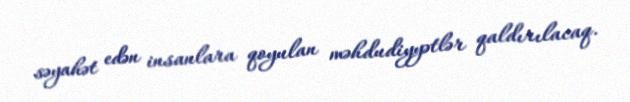
səyahət edən insanlara qoyulan məhdudiyyətlər qaldırılacaq.